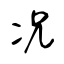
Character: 况